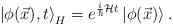
LaTeX: \begin{align*}\left| \phi (\vec{x}),t\right> _{H}=e^{\frac{i}{\hbar }{\cal {H}}t}\left| \phi (\vec{x})\right> .\end{align*}